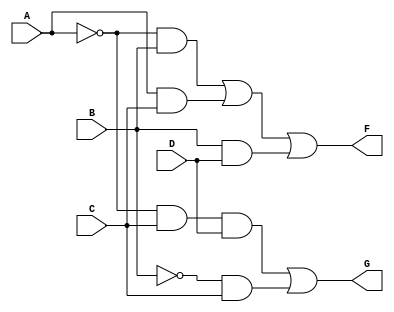
module combinational_logic (
    input wire A,
    input wire B,
    input wire C,
    input wire D,
    output wire F,
    output wire G
);

// Intermediate signals for the logic gates
wire A_not, B_not, C_not, D_not;
wire term1, term2, term3, term4, term5;

// NOT gates
not (A_not, A);
not (B_not, B);
not (C_not, C);
not (D_not, D);

// AND gates for F
and (term1, A_not, B); // A'B
and (term2, A, C);     // AC
and (term3, B, D);     // BD

// OR gate for F
or (F, term1, term2, term3); // F = A'B + AC + BD

// AND gates for G
and (term4, A_not, C, D); // A'CD
and (term5, B_not, C);    // B'C

// OR gate for G
or (G, term4, term5); // G = A'CD + B'C

endmodule